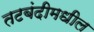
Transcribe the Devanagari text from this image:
तटबंदीमधील